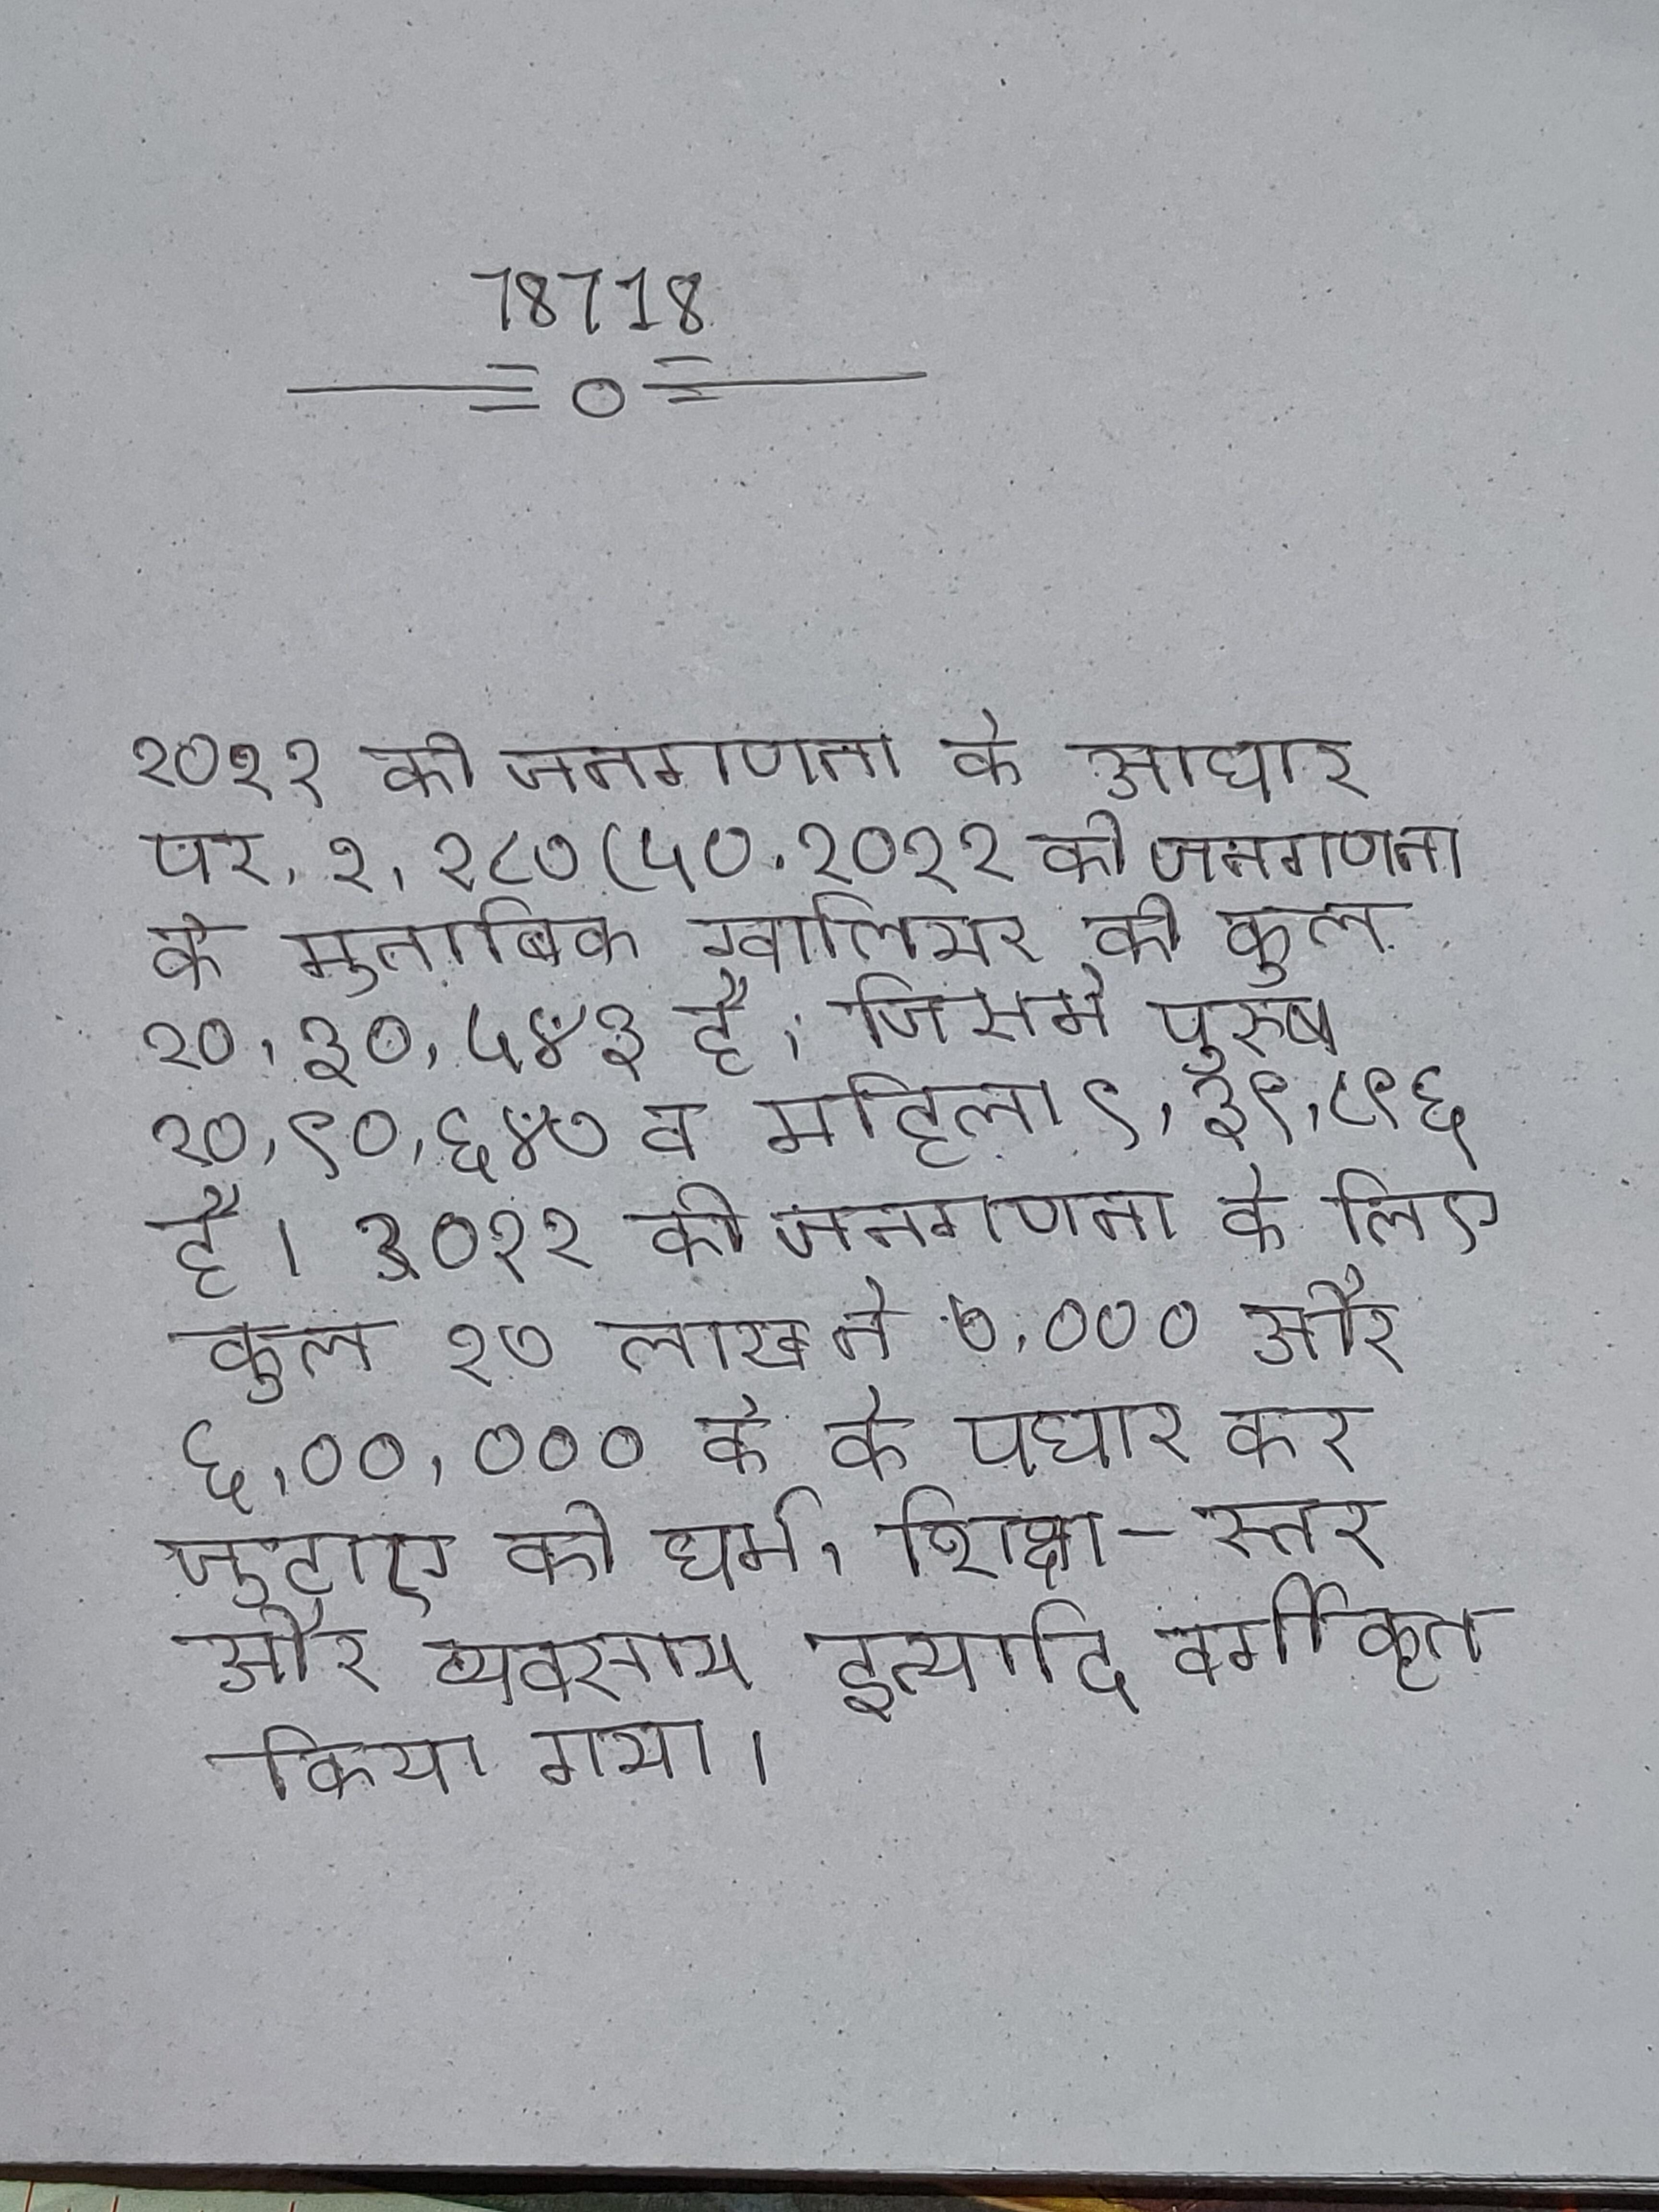
२०११ की जनगणना के आधार पर, २,२८७ (५० . २०११ की जनगणना के मुताबिक ग्वालियर की कुल २०,३०,५४३ है, जिसमे पुरुष १०,९०,६४७ व महिला ९,३९,८९६ है । २०११ की जनगणना के लिए कुल २७ लाख ने ७,००० और ६,००,००० के के पधार कर जुटाए को धर्म, शिक्षा-स्तर और व्यवसाय इत्यादि वर्गीकृत किया गया ।